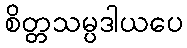
စိတ္တသမ္ပဒါယပေ